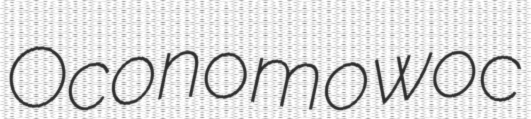
Oconomowoc